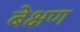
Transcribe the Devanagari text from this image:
बेक्षण